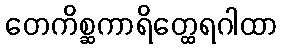
တေကိစ္ဆကာရိတ္ထေရဂါထာ